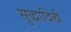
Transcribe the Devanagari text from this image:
सुद्धादिली